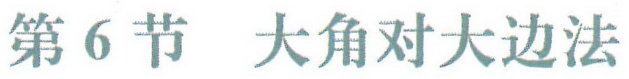
第6节 大角对大边法